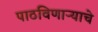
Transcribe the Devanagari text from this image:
पाठविणाऱ्याचे